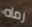
رماه